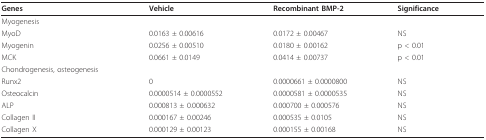
<table><thead><tr><td><b>Genes</b></td><td><b>Vehicle</b></td><td><b>Recombinant BMP-2</b></td><td><b>Significance</b></td></tr></thead><tbody><tr><td>Myogenesis</td><td></td><td></td><td></td></tr><tr><td>MyoD</td><td>0.0163 ± 0.00616</td><td>0.0172 ± 0.00467</td><td>NS</td></tr><tr><td>Myogenin</td><td>0.0256 ± 0.00510</td><td>0.0180 ± 0.00162</td><td>p &lt; 0.01</td></tr><tr><td>MCK</td><td>0.0661 ± 0.0149</td><td>0.0414 ± 0.00737</td><td>p &lt; 0.01</td></tr><tr><td>Chondrogenesis, osteogenesis</td><td></td><td></td><td></td></tr><tr><td>Runx2</td><td>0</td><td>0.0000661 ± 0.0000800</td><td>NS</td></tr><tr><td>Osteocalcin</td><td>0.0000514 ± 0.0000552</td><td>0.0000581 ± 0.0000535</td><td>NS</td></tr><tr><td>ALP</td><td>0.000813 ± 0.000632</td><td>0.000700 ± 0.000576</td><td>NS</td></tr><tr><td>Collagen II</td><td>0.000167 ± 0.00246</td><td>0.000535 ± 0.0105</td><td>NS</td></tr><tr><td>Collagen X</td><td>0.000129 ± 0.00123</td><td>0.000155 ± 0.00168</td><td>NS</td></tr></tbody></table>